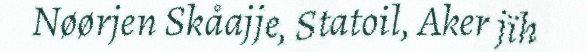
Nøørjen Skåajje, Statoil, Aker jïh